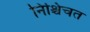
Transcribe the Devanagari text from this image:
निश्चिचत